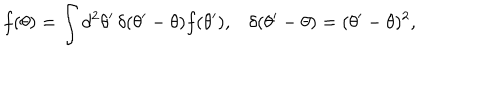
f ( \theta ) = \int d ^ { 2 } \theta ^ { \prime } \, \delta ( \theta ^ { \prime } - \theta ) f ( \theta ^ { \prime } ) , \delta ( \theta ^ { \prime } - \theta ) = ( \theta ^ { \prime } - \theta ) ^ { 2 } ,